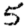
Digit: 5